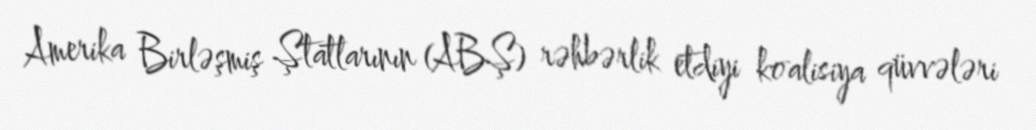
Amerika Birləşmiş Ştatlarının (ABŞ) rəhbərlik etdiyi koalisiya qüvvələri